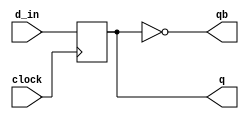
module d_ff(clock,d_in,q,qb);
input d_in,clock;
output reg q;
output qb;

always@(posedge clock)
begin
q <= d_in;
end
assign qb = ~q;
endmodule